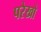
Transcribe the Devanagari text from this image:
परेखो